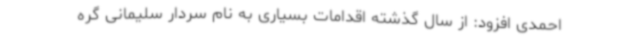
احمدی افزود: از سال گذشته اقدامات بسیاری به نام سردار سلیمانی گره